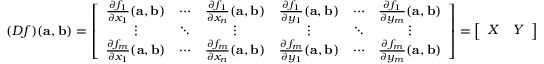
( D f ) ( \mathbf { a } , \mathbf { b } ) = \left[ { \begin{array} { c c c c c c } { { \frac { \partial f _ { 1 } } { \partial x _ { 1 } } } ( \mathbf { a } , \mathbf { b } ) } & { \cdots } & { { \frac { \partial f _ { 1 } } { \partial x _ { n } } } ( \mathbf { a } , \mathbf { b } ) } & { { \frac { \partial f _ { 1 } } { \partial y _ { 1 } } } ( \mathbf { a } , \mathbf { b } ) } & { \cdots } & { { \frac { \partial f _ { 1 } } { \partial y _ { m } } } ( \mathbf { a } , \mathbf { b } ) } \\ { \vdots } & { \ddots } & { \vdots } & { \vdots } & { \ddots } & { \vdots } \\ { { \frac { \partial f _ { m } } { \partial x _ { 1 } } } ( \mathbf { a } , \mathbf { b } ) } & { \cdots } & { { \frac { \partial f _ { m } } { \partial x _ { n } } } ( \mathbf { a } , \mathbf { b } ) } & { { \frac { \partial f _ { m } } { \partial y _ { 1 } } } ( \mathbf { a } , \mathbf { b } ) } & { \cdots } & { { \frac { \partial f _ { m } } { \partial y _ { m } } } ( \mathbf { a } , \mathbf { b } ) } \end{array} } \right] = \left[ { \begin{array} { c c } { X } & { Y } \end{array} } \right]